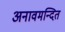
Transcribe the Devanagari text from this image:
अनावमन्दित